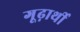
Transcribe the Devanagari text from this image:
गूढ़ार्थी